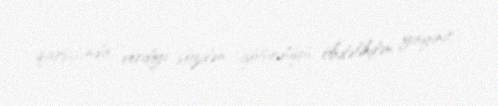
qarşısında verdiyi sözdən, götürdüyü öhdəlikdən yayınır.